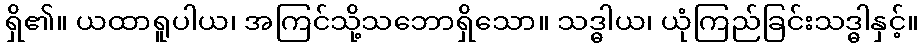
ရှိ၏။ ယထာရူပါယ၊ အကြင်သို့သဘောရှိသော။ သဒ္ဓါယ၊ ယုံကြည်ခြင်းသဒ္ဓါနှင့်။